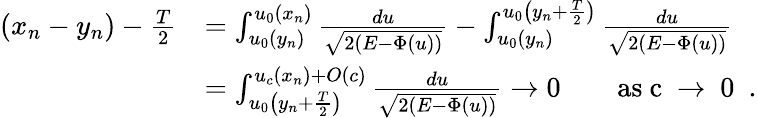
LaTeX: \begin{array}{rl}{(x_{n}-y_{n})-\frac{T}{2}}&{=\int_{u_{0}(y_{n})}^{u_{0}(x_{n})}\frac{du}{\sqrt{2(E-\Phi(u))}}-\int_{u_{0}(y_{n})}^{u_{0}\big(y_{n}+\frac{T}{2}\big)}\frac{du}{\sqrt{2(E-\Phi(u))}}}\\ &{=\int_{u_{0}\big(y_{n}+\frac{T}{2}\big)}^{u_{c}(x_{n})+O(c)}\frac{du}{\sqrt{2(E-\Phi(u))}}\to 0\qquad\mathrm{as~c~\to~0~}\ .}\end{array}